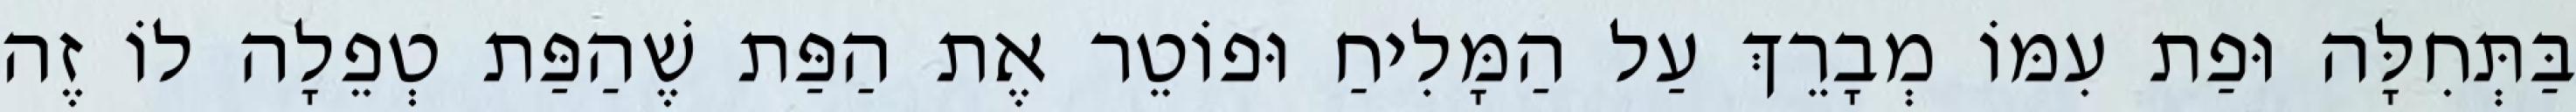
בַּתְּחִלָּה וּפַת עִמּוֹ מְבָרֵךְ עַל הַמָּלִיחַ וּפוֹטֵר אֶת הַפַּת שֶׁהַפַּת טְפֵלָה לוֹ זֶה